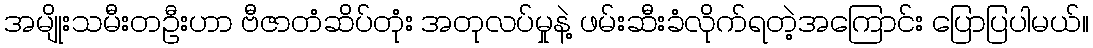
အမျိုးသမီးတဦးဟာ ဗီဇာတံဆိပ်တုံး အတုလပ်မှုနဲ့ ဖမ်းဆီးခံလိုက်ရတဲ့အကြောင်း ပြောပြပါမယ်။